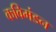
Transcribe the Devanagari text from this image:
कविमंडन